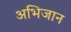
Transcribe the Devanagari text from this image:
अभिजान